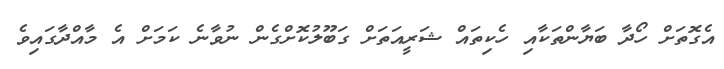
އެގޮތަށް ހޯދާ ބަޔާންތަކާއި ހެކިތައް ޝަރީއަތަށް ގަބޫލުކޮށްގެން ނުވާނެ ކަމަށް އެ މާއްދާގައިވެ